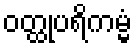
ဝတ္ထုပရိကမ္မံ